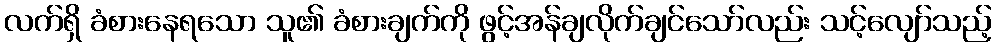
လက်ရှိ ခံစားနေရသော သူ၏ ခံစားချက်ကို ဖွင့်အန်ချလိုက်ချင်သော်လည်း သင့်လျော်သည့်